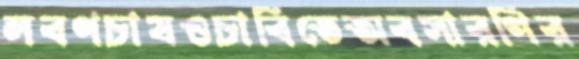
লবণচাষওচাবিতেঅবসারণির